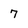
Character: 7